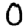
Digit: 0